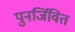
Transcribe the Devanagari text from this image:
पुनर्जिवित